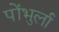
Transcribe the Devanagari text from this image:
पोंभुर्ला